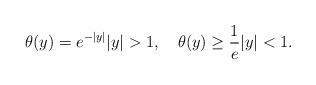
LaTeX: \begin{align*}\theta(y)=e^{-|y|} |y|>1,\quad\theta(y)\geq\frac{1}{e} |y|<1.\end{align*}